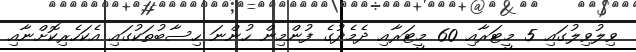
ވިލުވިލުގައި 5 މީޓަރާއި 60 މީޓަރާއި ދެމެދުގެ ފުންމިން ހުންނަ ހިސާބުތަކުގައި އެކަހެރިކޮށްނާއި